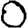
Digit: 0